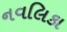
નવલિકા